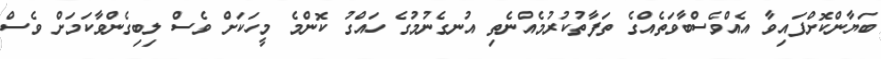
ބަޔާންކޮށްފައިވާ އެއްވެސްބާވަތެއްގެ ތަފާތުކުރުމެއްނެތި އުނގެނުމުގެ ހައްގު ކޮންމެ މީހަކަށް ވެސް ލިބިގެންވާކަމަށް ވެސް